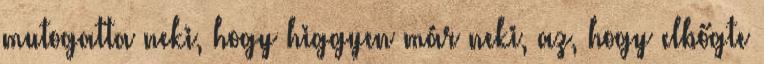
mutogatta neki, hogy higgyen már neki, az, hogy elbőgte